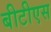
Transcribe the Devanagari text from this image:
बीटीएस